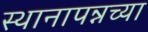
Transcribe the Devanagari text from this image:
स्थानापन्नच्या